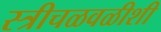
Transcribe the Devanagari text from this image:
स्त्रीचळवळीशी